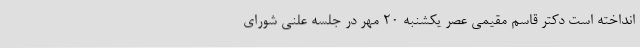
انداخته است دکتر قاسم مقیمی عصر یکشنبه 20 مهر در جلسه علنی شورای